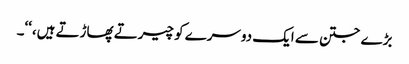
بڑے جتن سے ایک دوسرے کو چیرتے پھاڑتے ہیں،‘‘۔